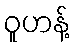
ဝူဟန့်